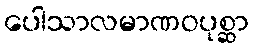
ပေါသာလမာဏဝပုစ္ဆာ